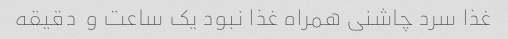
غذا سرد چاشنی همراه غذا نبود یک ساعت و  دقیقه